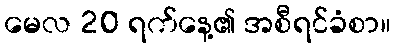
မေလ 20 ရက်နေ့၏ အစီရင်ခံစာ။